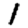
Digit: 1